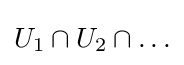
U_{1}\cap U_{2}\cap \ldots